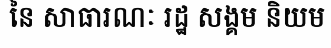
នៃ សាធារណៈ រដ្ឋ សង្គម និយម